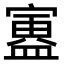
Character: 𫴃